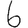
Digit: 6